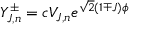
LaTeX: Y _ { J , n } ^ { \pm } = c V _ { J , n } e ^ { \sqrt { 2 } ( 1 \mp J ) \phi }